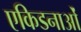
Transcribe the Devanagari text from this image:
एकिडनाओं